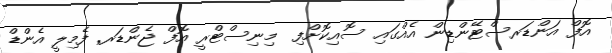
އޮފް އަންޑަރސްޓޭންޑިން އެއްގައި ސޮއިކޮށްފި  މިނިސްޓްރީ އޮފް ޖެންޑަރ